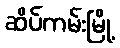
ဆိပ်ကမ်းမြို့